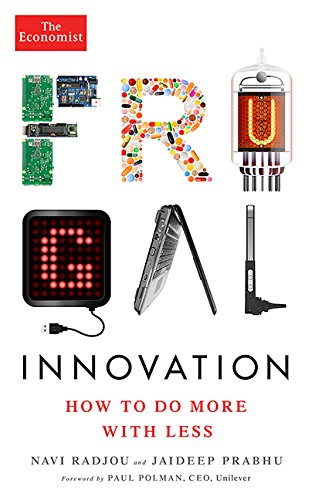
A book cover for Frugal Innovation: How to do more with less (Economist Books); Navi Radjou; Business & Money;